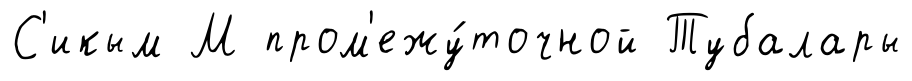
С'икым М пром'ежу́точной Тубалары